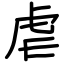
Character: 虐